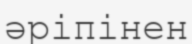
әріпінен